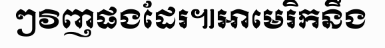
ៗវិញផងដែរ៕អាមេរិកនឹង